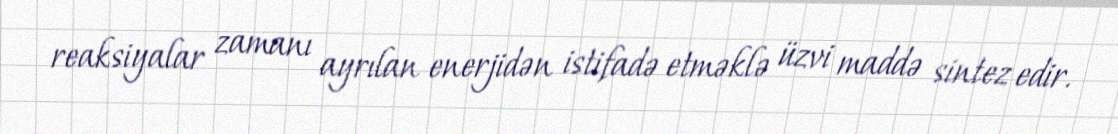
reaksiyalar zamanı ayrılan enerjidən istifadə etməklə üzvi maddə sintez edir.